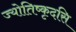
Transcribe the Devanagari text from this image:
ज्योतिष्कृदसि